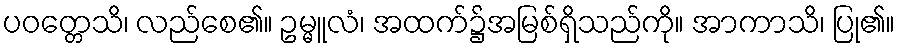
ပဝတ္တေသိ၊ လည်စေ၏။ ဥမ္မူလံ၊ အထက်၌အမြစ်ရှိသည်ကို။ အာကာသိ၊ ပြု၏။